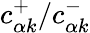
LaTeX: c_{\alpha k}^{+}/c_{\alpha k}^{-}